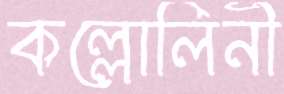
কল্লোলিনী